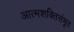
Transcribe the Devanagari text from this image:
आत्मशक्तिसंभूत